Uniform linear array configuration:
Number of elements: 4
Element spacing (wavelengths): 1
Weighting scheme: uniform
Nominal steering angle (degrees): -30
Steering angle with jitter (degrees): -30.087
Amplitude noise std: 0.05
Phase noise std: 0.05

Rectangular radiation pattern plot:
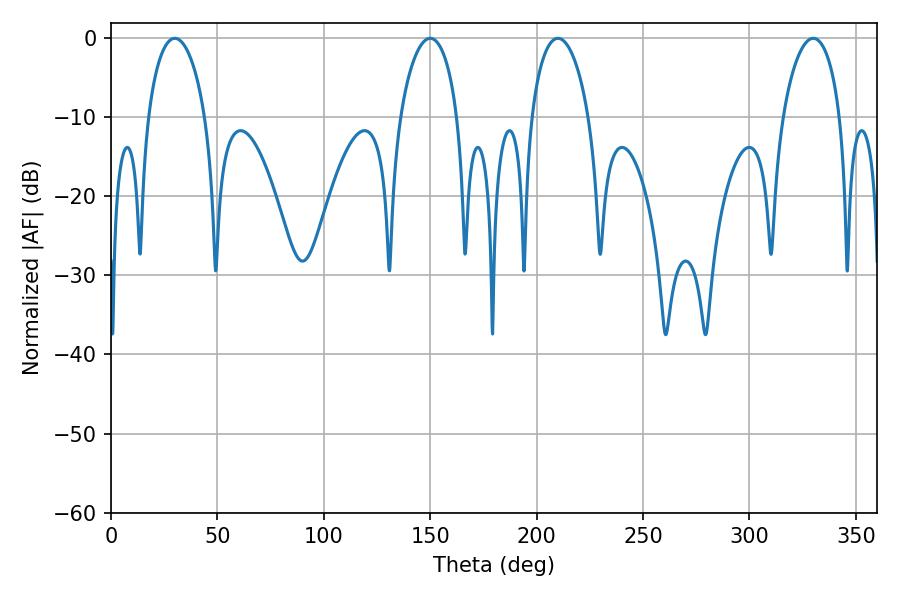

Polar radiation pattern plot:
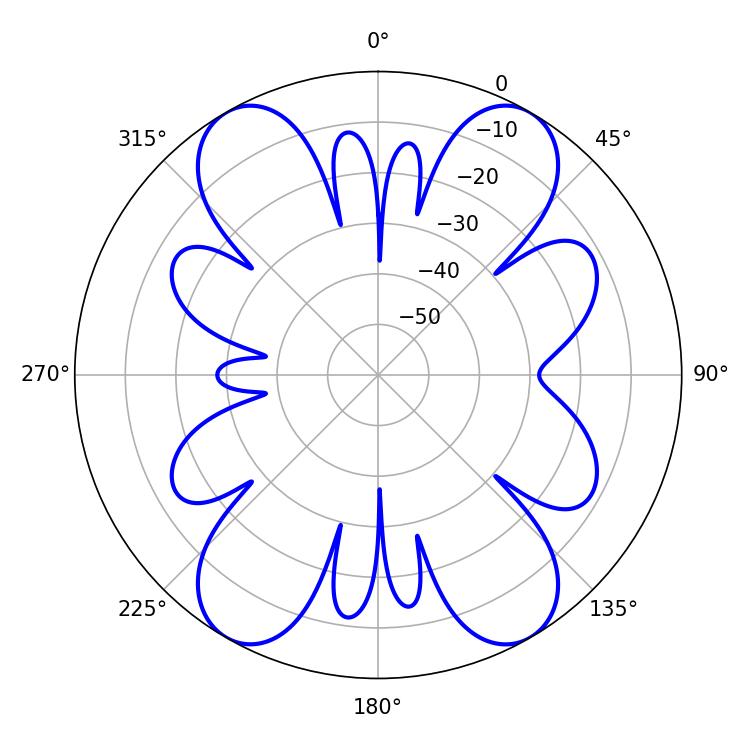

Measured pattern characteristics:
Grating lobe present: TRUE
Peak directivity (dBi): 21.223
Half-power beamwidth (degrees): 15.3
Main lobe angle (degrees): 329.94